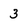
Character: 3